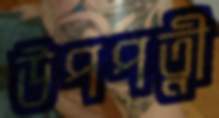
উপপত্নী